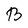
Character: B